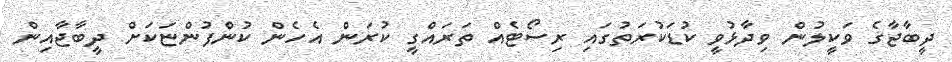
ދީބާޖާގެ ވަކީލުން ވިދާޅުވީ ކުޑަކުރަތުގައި ރިސޯޓެއް ތަރައްގީ ކުރަން އެހެން ކުންފުންޏަކަށް ދީބާޖާއިން